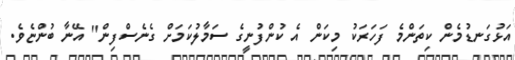
އަޅުގަނޑުމެން ކިތަންމެ ފަހަރަކު މިކަން އެ ކުންފުނީގެ ސަމާލުކަމަށް ގެނެސްފިން" އޭނާ ބުންޏެވެ.